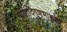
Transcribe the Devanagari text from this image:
मायादिगुणभासकः